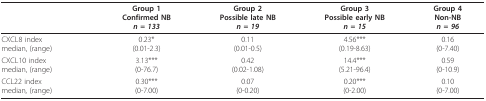
<table><thead><tr><td></td><td><b>Group 1Confirmed NB<i>n = 133</i></b></td><td><b>Group 2Possible late NB<i>n = 19</i></b></td><td><b>Group 3Possible early NB<i>n = 15</i></b></td><td><b>Group 4Non-NB<i>n = 96</i></b></td></tr></thead><tbody><tr><td>CXCL8 indexmedian, (range)</td><td>0.23*(0.01-2.3)</td><td>0.11(0.01-0.5)</td><td>4.56***(0.19-8.63)</td><td>0.16(0-7.40)</td></tr><tr><td>CXCL10 indexmedian, (range)</td><td>3.13***(0-76.7)</td><td>0.42(0.02-1.08)</td><td>14.4***(5.21-96.4)</td><td>0.59(0-10.9)</td></tr><tr><td>CCL22 indexmedian, (range)</td><td>0.30***(0-7.00)</td><td>0.07(0-0.20)</td><td>0.20***(0-2.00)</td><td>0.10(0-7.00)</td></tr></tbody></table>